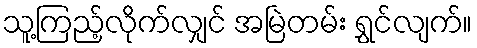
သူ့ကြည့်လိုက်လျှင် အမြဲတမ်း ရွှင်လျက်။